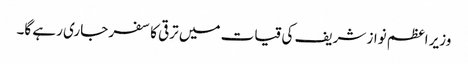
وزیر اعظم نواز شریف کی قیات میں ترقی کا سفر جاری رہے گا۔